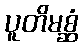
ပူတိမစ္ဆံ